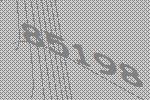
85198